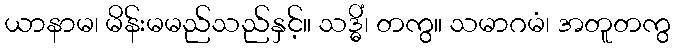
ယာနာမ၊ မိန်းမမည်သည်နှင့်။ သဒ္ဓိံ၊ တကွ။ သမာဂမံ၊ အတူတကွ